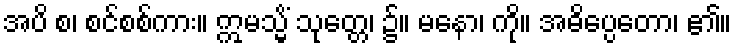
အပိ စ၊ စင်စစ်ကား။ ဣမသ္မိံ သုတ္တေ၊ ၌။ မနော၊ ကို။ အဓိပ္ပေတော၊ ၏။